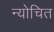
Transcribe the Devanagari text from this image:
न्योचित